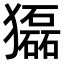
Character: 𤢿